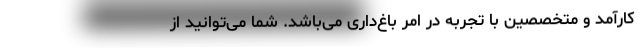
کارآمد و متخصصین با تجربه در امر باغ‌داری می‌باشد. شما می‌توانید از